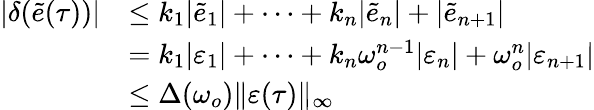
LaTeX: \begin{array}{rl}{|\delta(\tilde{e}(\tau))|}&{\leq{k_{1}}\vert{{\tilde{e}}_{1}}\vert+\cdots+{k_{n}}\vert{{\tilde{e}}_{n}}\vert+\vert{{\tilde{e}}_{n+1}}\vert}\\ &{={k_{1}}|{\varepsilon_{1}}|+\cdots+{k_{n}}\omega_{o}^{n-1}|{\varepsilon_{n}}|+\omega_{o}^{n}|{\varepsilon_{n+1}}|}\\ &{\leq\Delta(\omega_{o})\Vert\varepsilon(\tau)\Vert_{\infty}}\end{array}